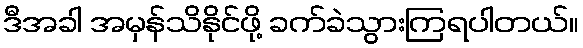
ဒီအခါ အမှန်သိနိုင်ဖို့ ခက်ခဲသွားကြရပါတယ်။